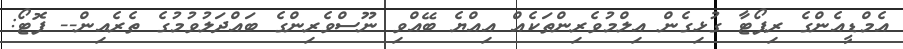
އެމްޑީއެންގެ ރިޕޯޓާ ގުޅިގެން އިލްމުވެރިންތަކެއް އިއްޔެ ބޭއްވި ނޫސްވެރިންގެ ބައްދަލުވުމުގެ ތެރެއިން-- ފޮޓޯ: